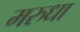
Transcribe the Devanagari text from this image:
मरुधा